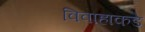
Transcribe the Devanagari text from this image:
विवाहाकडे